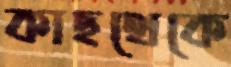
কাছথেকে